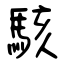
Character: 駭